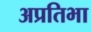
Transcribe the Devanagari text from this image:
अप्रतिभा